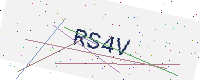
Text: RS4V